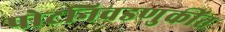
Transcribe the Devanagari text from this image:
पोटनिवडणुकींत